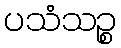
ပသံသဉ္စ